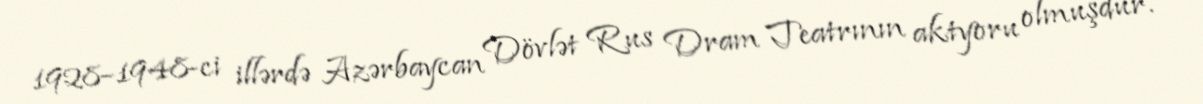
1928–1948-ci illərdə Azərbaycan Dövlət Rus Dram Teatrının aktyoru olmuşdur.